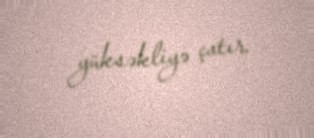
yüksəkliyə çatır.